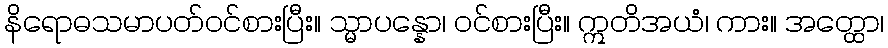
နိရောဓသမာပတ်ဝင်စားပြီး။ သ္မာပန္နော၊ ဝင်စားပြီး။ ဣတိအယံ၊ ကား။ အတ္ထော၊